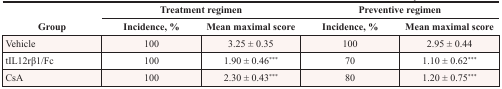
<table><thead><tr><td rowspan="2"><b>Group</b></td><td colspan="2"><b>Treatment regimen</b></td><td colspan="2"><b>Preventive regimen</b></td></tr><tr><td><b>Incidence, %</b></td><td><b>Mean maximal score</b></td><td><b>Incidence, %</b></td><td><b>Mean maximal score</b></td></tr></thead><tbody><tr><td>Vehicle</td><td>100</td><td>3.25 ± 0.35</td><td>100</td><td>2.95 ± 0.44</td></tr><tr><td>tIL12rβ1/Fc</td><td>100</td><td>1.90 ± 0.46<sup>***</sup></td><td>70</td><td>1.10 ± 0.62<sup>***</sup></td></tr><tr><td>CsA</td><td>100</td><td>2.30 ± 0.43<sup>***</sup></td><td>80</td><td>1.20 ± 0.75<sup>***</sup></td></tr></tbody></table>